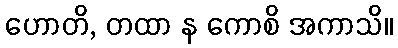
ဟောတိ, တထာ န ကောစိ အကာသိ။